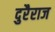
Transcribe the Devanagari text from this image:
दुरैराज